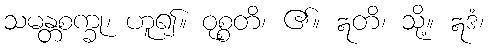
သမန္တစက္ခု၊ ဟူ၍။ ဝုစ္စတိ၊ ၏။ ဣတိ၊ သို့။ ဣဒံ၊